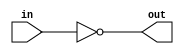
module logicalNot(input [31:0] in, output [31:0] out);

assign out = ~in;

endmodule